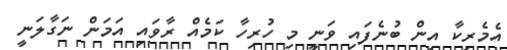
އެމެރިކާ އިން ބުނެފައި ވަނީ މި ހުރިހާ ކަމެއް ރާވައި އަމަން ނަގާލަނީ